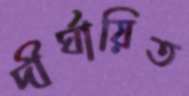
দীর্ঘায়িত